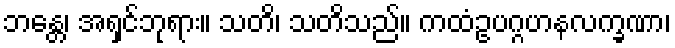
ဘန္တေ၊ အရှင်ဘုရား။ သတိ၊ သတိသည်။ ကထံဥပဂ္ဂဟနလက္ခဏာ၊